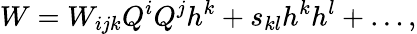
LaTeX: W=W_{ijk}Q^{i}Q^{j}h^{k}+s_{kl}h^{k}h^{l}+\dots,